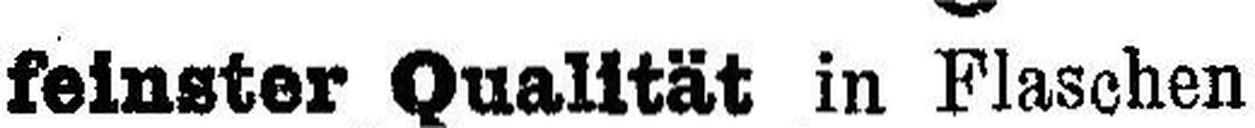
feinster Qualität in Flaschen